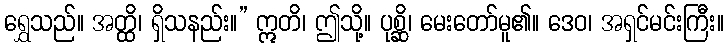
ရွှေသည်။ အတ္ထိ၊ ရှိသနည်း။” ဣတိ၊ ဤသို့။ ပုစ္ဆိ၊ မေးတော်မူ၏။ ဒေဝ၊ အရှင်မင်းကြီး။